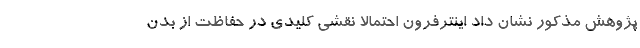
پژوهش مذکور نشان داد اینترفرون احتمالا نقشی کلیدی در حفاظت از بدن